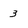
Character: 3